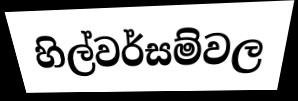
හිල්වර්සම්වල